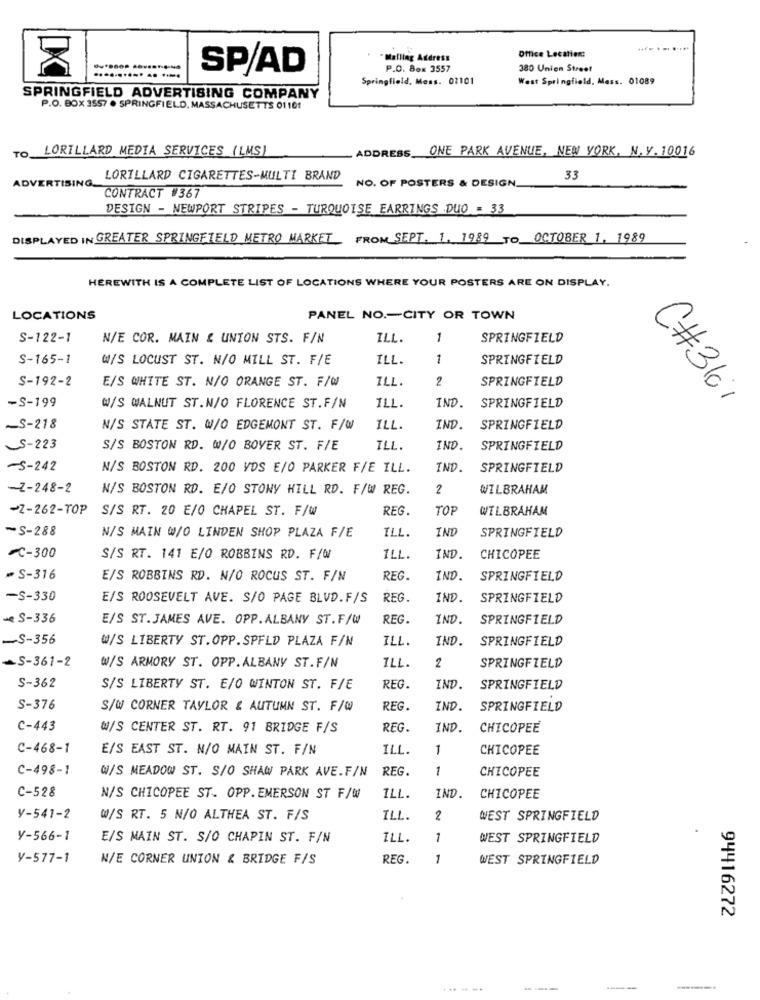
Malling Address
Office Lecation:
SPAD
P.O. Box 3557
380 Union Street
Springfield, Mess. 02101
West Springfield, Mess. 01089
SPRINGFIELD ADVERTISING COMPANY
P.O. BOX 3557 . SPRINGFIELD, MASSACHUSETTS 01101
LORILLARD MEDIA SERVICES ( LMS)
ADDRESS ONE PARK AVENUE, NEW YORK, N. Y. 10016
LORILLARD CIGARETTES-MULTI BRAND
NO. OF POSTERS & DESIGN.
33
ADVERTISING_
CONTRACT #367
DESIGN - NEWPORT STRIPES - TURQUOISE EARRINGS DUO = 33
DISPLAYED IN GREATER SPRINGFIELD METRO MARKET FROM SEPT. 1. 1989 TO OCTOBER 1, 1989
HEREWITH IS A COMPLETE LIST OF LOCATIONS WHERE YOUR POSTERS ARE ON DISPLAY.
LOCATIONS
PANEL NO .- CITY OR TOWN
S-122-1
N/E COR. MAIN & UNION STS. F/N
ILL.
1
SPRINGFIELD
S-165-1
W/S LOCUST ST. N/O MILL ST. F/E
ILL.
1
SPRINGFIELD
S-192-2
E/S WHITE ST. N/O ORANGE ST.F/W
ILL.
2
SPRINGFIELD
-S-199
IND.
SPRINGFIELD
C#3161
W/S WALNUT ST.N/O FLORENCE ST.F/N
ILL.
-S-218
N/S STATE ST. W/O EDGEMONT ST. F/W
ILL.
IND.
SPRINGFIELD
S-223
S/S BOSTON RD. W/O BOYER ST. F/E
ILL.
IND.
SPRINGFIELD
-S-242
N/S BOSTON RD. 200 VDS E/O PARKER F/E ILL.
IND.
SPRINGFIELD
-Z-248-2
N/S BOSTON RD. E/O STONY HILL RD. F/W REG.
2
WILBRAHAM
~2-262-TOP
S/S RT. 20 E/O CHAPEL ST. F/W
REG.
TOP
WILBRAHAM
-S-288
ILL.
IND
SPRINGFIELD
N/S MAIN W/O LINDEN SHOP PLAZA F/E
-C-300
S/S RT. 141 E/O ROBBINS RD. F/W/
ILL.
IND.
CHICOPEE
= S-316
E/S ROBBINS RD. N/O ROCUS ST. F/N
REG.
IND.
SPRINGFIELD
-S-330
E/S ROOSEVELT AVE. S/O PAGE BLVD.F/S
REG.
IND.
SPRINGFIELD
- S-336
E/S ST.JAMES AVE. OPP. ALBANY ST.F/W
REG.
IND.
SPRINGFIELD
-S-356
W/S LIBERTY ST.OPP.SPFLD PLAZA F/N
ILL.
IND.
SPRINGFIELD
-S-361-2
W/S ARMORY ST. OPP. ALBANY ST.F/N
ILL.
2
SPRINGFIELD
S-362
S/S LIBERTY ST. E/O WINTON ST. F/E
REG.
IND.
SPRINGFIELD
S-376
S/W CORNER TAYLOR & AUTUMN ST. F/Q
REG.
IND.
SPRINGFIELD
C-443
W/S CENTER ST. RT. 91 BRIDGE F/S
REG.
IND.
CHICOPEE
C-468-1
E/S EAST ST. N/O MAIN ST. F/N
ILL.
1
CHICOPEE
C-498-1
W/S MEADOW ST. S/O SHAW PARK AVE.F/N
REG.
1
CHICOPEE
IND.
C-528
N/S CHICOPEE ST. OPP.EMERSON ST F/W
ILL.
CHICOPEE
Y-541-2
W/S RT. 5 N/O ALTHEA ST. F/S
ILL.
2
WEST SPRINGFIELD
Y-566-1
E/S MAIN ST. S/O CHAPIN ST. F/N
ILL.
1
WEST SPRINGFIELD
Y-577-1
N/E CORNER UNION & BRIDGE F/S
REG.
1
WEST SPRINGFIELD
94416272
---